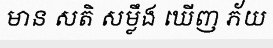
មាន សតិ សម្លឹង ឃើញ ភ័យ